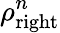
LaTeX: \rho_{\mathrm{right}}^{n}